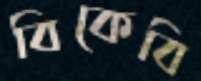
বিকেবি